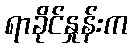
ရာခိုင်နှုန်းက